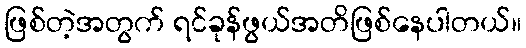
ဖြစ်တဲ့အတွက် ရင်ခုန်ဖွယ်အတိဖြစ်နေပါတယ်။